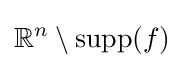
\mathbb {R} ^{n}\setminus \operatorname {supp} (f)